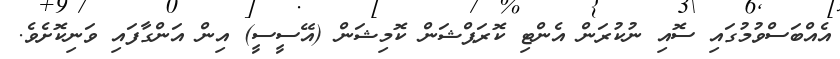
އެއްބަސްވުމުގައި ސޮއި ނުކުރަން އެންޓި ކޮރަޕްޝަން ކޮމިޝަން (އޭސީސީ) އިން އަންގާފައި ވަނިކޮށެވެ.